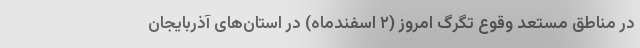
در مناطق مستعد وقوع تگرگ امروز (۲ اسفندماه) در استان‌های آذربایجان